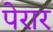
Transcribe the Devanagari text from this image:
पेरार